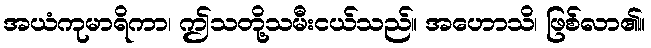
အယံကုမာရိကာ၊ ဤသတို့သမီးငယ်သည်။ အဟောသိ၊ ဖြစ်လာ၏။